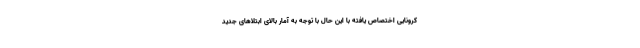
کرونایی اختصاص یافته با این حال با توجه به آمار بالای ابتلاهای جدید